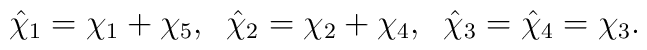
\hat\chi_{1}=\chi_{1}+\chi_{5},\;\;\hat\chi_{2}=\chi_{2}+\chi_{4},\;\;    \hat\chi_{3}=\hat\chi_{4}=\chi_{3}.